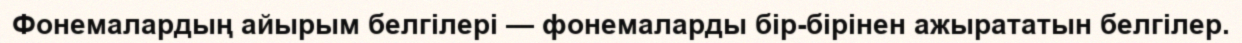
Фонемалардың айырым белгілері — фонемаларды бір-бірінен ажырататын белгілер.